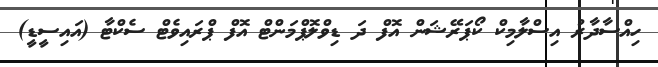
ހިއްސާދާރު އިސްލާމިކް ކޯޕަރޭޝަން އޮފް ދަ ޑިވްލޮޕްމަންޓް އޮފް ޕްރައިވެޓް ސެކްޓާ (އައިސީޑީ)